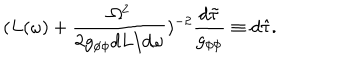
LaTeX: ( L ( \omega ) + \frac { \Omega ^ { 2 } } { 2 g _ { \phi \phi } d L / d \omega } ) ^ { - 2 } \frac { d \tilde { \tau } } { g _ { \phi \phi } } \equiv d \hat { \tau } .